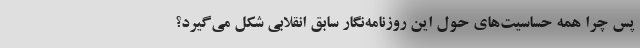
پس چرا همه حساسیت‌های حول این روزنامه‌نگار سابق انقلابی شکل می‌گیرد؟